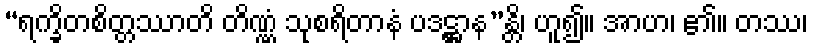
“ရက္ခိတစိတ္တဿာတိ တိဏ္ဏံ သုစရိတာနံ ပဒဋ္ဌာန”န္တိ၊ ဟူ၍။ အာဟ၊ ၏။ တဿ၊